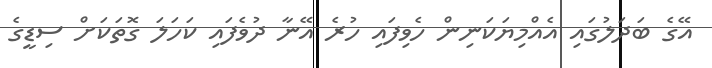
އޭގެ ބަދަލުގައި އެއްމިޔަކަނިން ހެވިފައި ހުރެ އޭނާ ދުވެފައި ކަހަލަ ގޮތަކަށް ސިޑީގެ